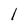
Character: l